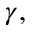
\gamma ,